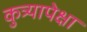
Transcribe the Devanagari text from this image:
कुत्र्यापेक्षा